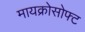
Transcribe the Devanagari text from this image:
मायक्रोसोफ्ट